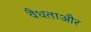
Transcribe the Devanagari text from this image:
वैधताऔर